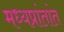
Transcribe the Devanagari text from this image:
मध्यप्रांतांत